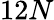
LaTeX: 12N